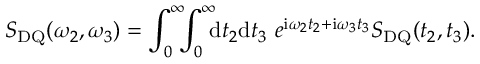
S _ { \mathrm { D Q } } ( \omega _ { 2 } , \omega _ { 3 } ) = \int _ { 0 } ^ { \infty } \! \! \! \int _ { 0 } ^ { \infty } \! \! \! \ensuremath { \mathrm { d } } t _ { 2 } \ensuremath { \mathrm { d } } t _ { 3 } \ e ^ { \ensuremath { \mathrm { i } } \omega _ { 2 } t _ { 2 } + \ensuremath { \mathrm { i } } \omega _ { 3 } t _ { 3 } } S _ { \mathrm { D Q } } ( t _ { 2 } , t _ { 3 } ) .